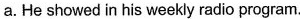
a.He showed in his weekly radio program.